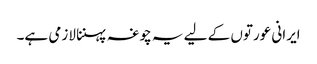
ایرانی عورتوں کے لیے یہ چوغہ پہننا لازمی ہے۔